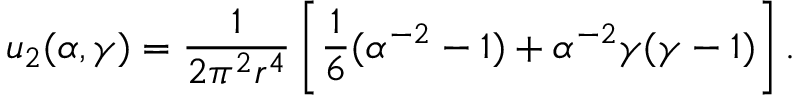
u _ { 2 } ( \alpha , \gamma ) = \frac 1 { 2 \pi ^ { 2 } r ^ { 4 } } \left[ \frac 1 6 ( \alpha ^ { - 2 } - 1 ) + \alpha ^ { - 2 } \gamma ( \gamma - 1 ) \right] .